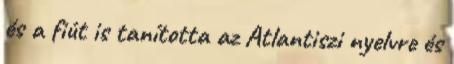
és a fiút is tanította az Atlantiszi nyelvre és